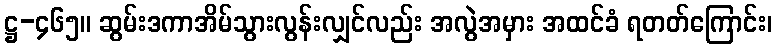
ဋ္ဌ-၄၆၅။ ဆွမ်းဒကာအိမ်သွားလွန်းလျှင်လည်း အလွဲအမှား အထင်ခံ ရတတ်ကြောင်း၊